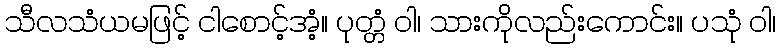
သီလသံယမဖြင့် ငါစောင့်အံ့။ ပုတ္တံ ဝါ၊ သားကိုလည်းကောင်း။ ပသုံ ဝါ၊